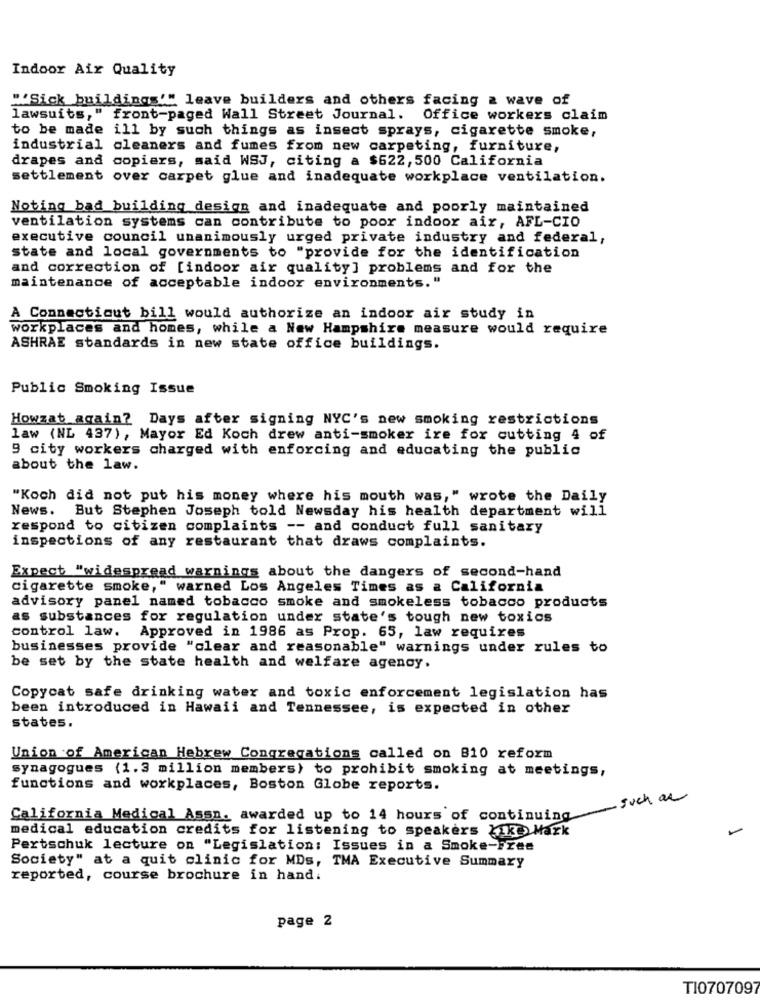
Indoor Air Quality
""Sick buildings'" leave builders and others facing a wave of
lawsuits," front-paged Wall Street Journal. Office workers claim
to be made ill by such things as insect sprays, cigarette smoke,
industrial cleaners and fumes from new carpeting, furniture,
drapes and copiers, said WSJ, citing a $622, 500 California
settlement over carpet glue and inadequate workplace ventilation.
Noting bad building design and inadequate and poorly maintained
ventilation systems can contribute to poor indoor air, AFL-CIO
executive council unanimously urged private industry and federal,
state and local governments to "provide for the identification
and correction of [indoor air quality] problems and for the
maintenance of acceptable indoor environments."
A Connecticut bill would authorize an indoor air study in
workplaces and homes, while a New Hampshire measure would require
ASHRAE standards in new state office buildings.
Public Smoking Issue
Howzat_again? Days after signing NYC's new smoking restrictions
law (NL 437), Mayor Ed Koch drew anti-smoker ire for cutting 4 of
9 city workers charged with enforcing and educating the public
about the law.
"Koch did not put his money where his mouth was," wrote the Daily
News.
But Stephen Joseph told Newsday his health department will
respond to citizen complaints -- and conduct full sanitary
inspections of any restaurant that draws complaints.
Expect "widespread warnings about the dangers of second-hand
cigarette smoke," warned Los Angeles Times as a California
advisory panel named tobacco smoke and smokeless tobacco products
as substances for regulation under state's tough new toxics
control law.
Approved in 1986 as Prop. 65, law requires
businesses provide "clear and reasonable" warnings under rules to
be set by the state health and welfare agency.
Copycat safe drinking water and toxic enforcement legislation has
been introduced in Hawaii and Tennessee, is expected in other
states.
Union of American Hebrew Congregations called on 810 reform
synagogues (1.3 million members) to prohibit smoking at meetings,
functions and workplaces, Boston Globe reports.
such as
California Medical Assn. awarded up to 14 hours of continuing
medical education credits for listening to speakers bike Mark
Pertschuk lecture on "Legislation: Issues in a Smoke-Free
Society" at a quit clinic for MDs, TMA Executive Summary
reported, course brochure in hand:
page 2
TI0707097